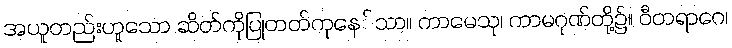
အယူတည်းဟူသော ဆိတ်ကိုပြုတတ်ကုနေ်သာ။ ကာမေသု၊ ကာမဂုဏ်တို့၌။ ဝီတရာဂေ၊